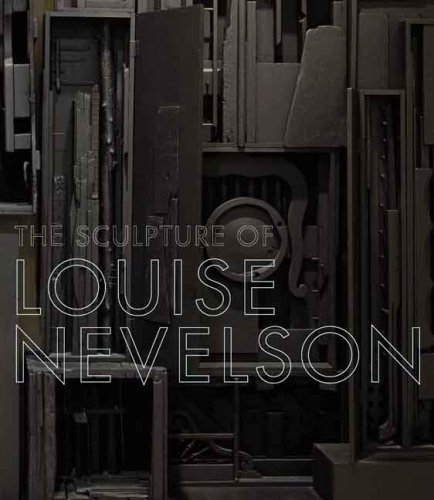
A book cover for The Sculpture of Louise Nevelson: Constructing a Legend (Jewish Museum); Arts & Photography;